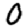
Digit: 0